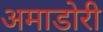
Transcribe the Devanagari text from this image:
अमाडोरी